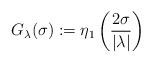
LaTeX: \begin{align*}G_{\lambda }(\sigma ):=\eta _{1}\left( \frac{2\sigma }{\left\vert \lambda\right\vert }\right) \end{align*}